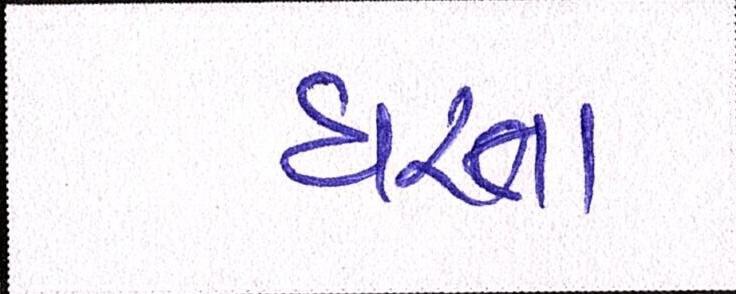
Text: ધરતા